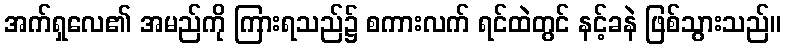
အက်ရှလေ၏ အမည်ကို ကြားရသည်၌ စကားလက် ရင်ထဲတွင် နင့်ခနဲ ဖြစ်သွားသည်။